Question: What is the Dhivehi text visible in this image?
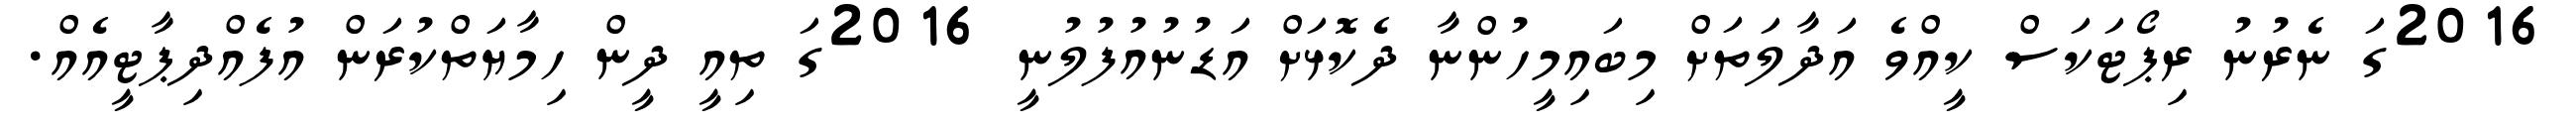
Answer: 2016ގަ ނެރުނު ރިޕޯޓަކަސް ކީއްވެ އަދާލަތަށް މިބައިމީހުންނާ ދެކޮޅަށް އަޑުނުއުފުލުނީ 2016ގަ ތިއީ ދީން ހިމާޔަތްކުރަން އުފެއްދިޕާޓީއެއް.